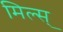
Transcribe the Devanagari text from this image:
मिल्स्